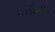
જનીનીક